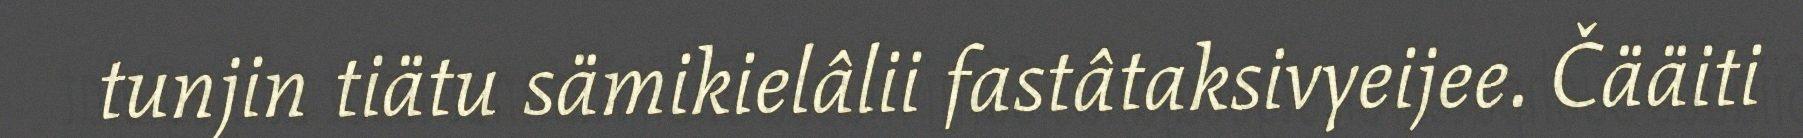
tunjin tiätu sämikielâlii fastâtaksivyeijee. Čääiti